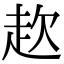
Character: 赼